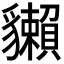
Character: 𧴡